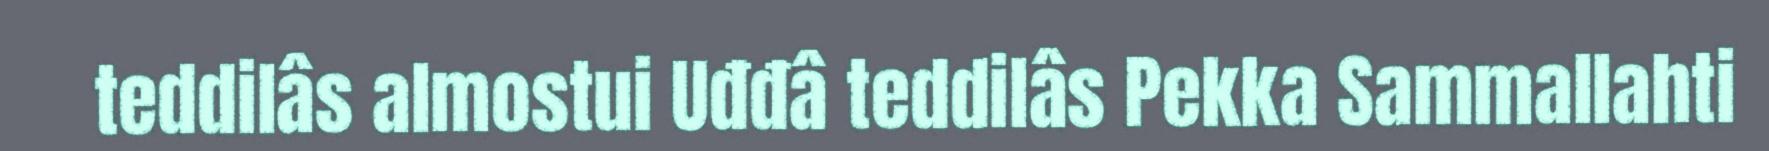
teddilâs almostui Uđđâ teddilâs Pekka Sammallahti